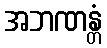
အဘဏန္တံ